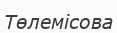
Төлемісова